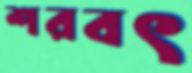
শরবৎ